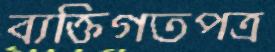
ব্যক্তিগতপত্র